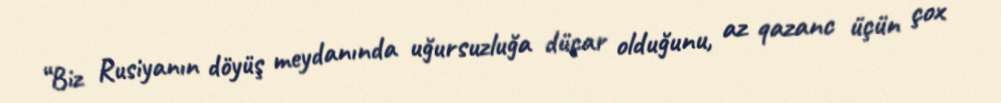
“Biz Rusiyanın döyüş meydanında uğursuzluğa düçar olduğunu, az qazanc üçün çox